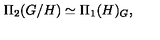
\Pi _ { 2 } ( G / H ) \simeq \Pi _ { 1 } ( H ) _ { G } ,